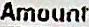
AMOUNT